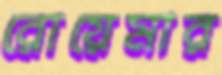
রোয়েমার